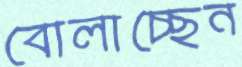
বোলাচ্ছেন